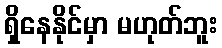
ရှိနေနိုင်မှာ မဟုတ်ဘူး